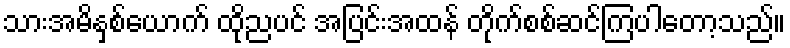
သားအမိနှစ်ယောက် ထိုညပင် အပြင်းအထန် တိုက်စစ်ဆင်ကြပါတော့သည်။